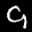
Label: 9